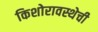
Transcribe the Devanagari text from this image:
किशोरावस्थेची